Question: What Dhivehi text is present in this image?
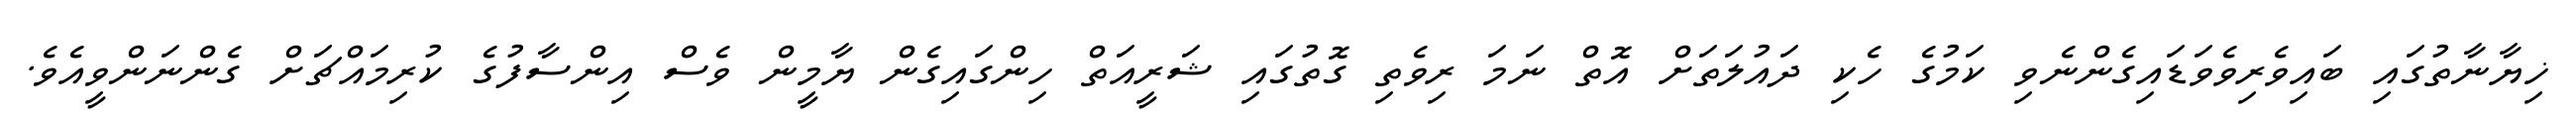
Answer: ޚިޔާނާތުގައި ބައިވެރިވެވަޑައިގެންނެވި ކަމުގެ ހެކި ދައުލަތަށް އޮތް ނަމަ ރިވެތި ގޮތުގައި ޝަރީއަތް ހިންގައިގެން ޔާމީން ވެސް އިންސާފުގެ ކުރިމައްޗަށް ގެންނަންވީއެވެ.